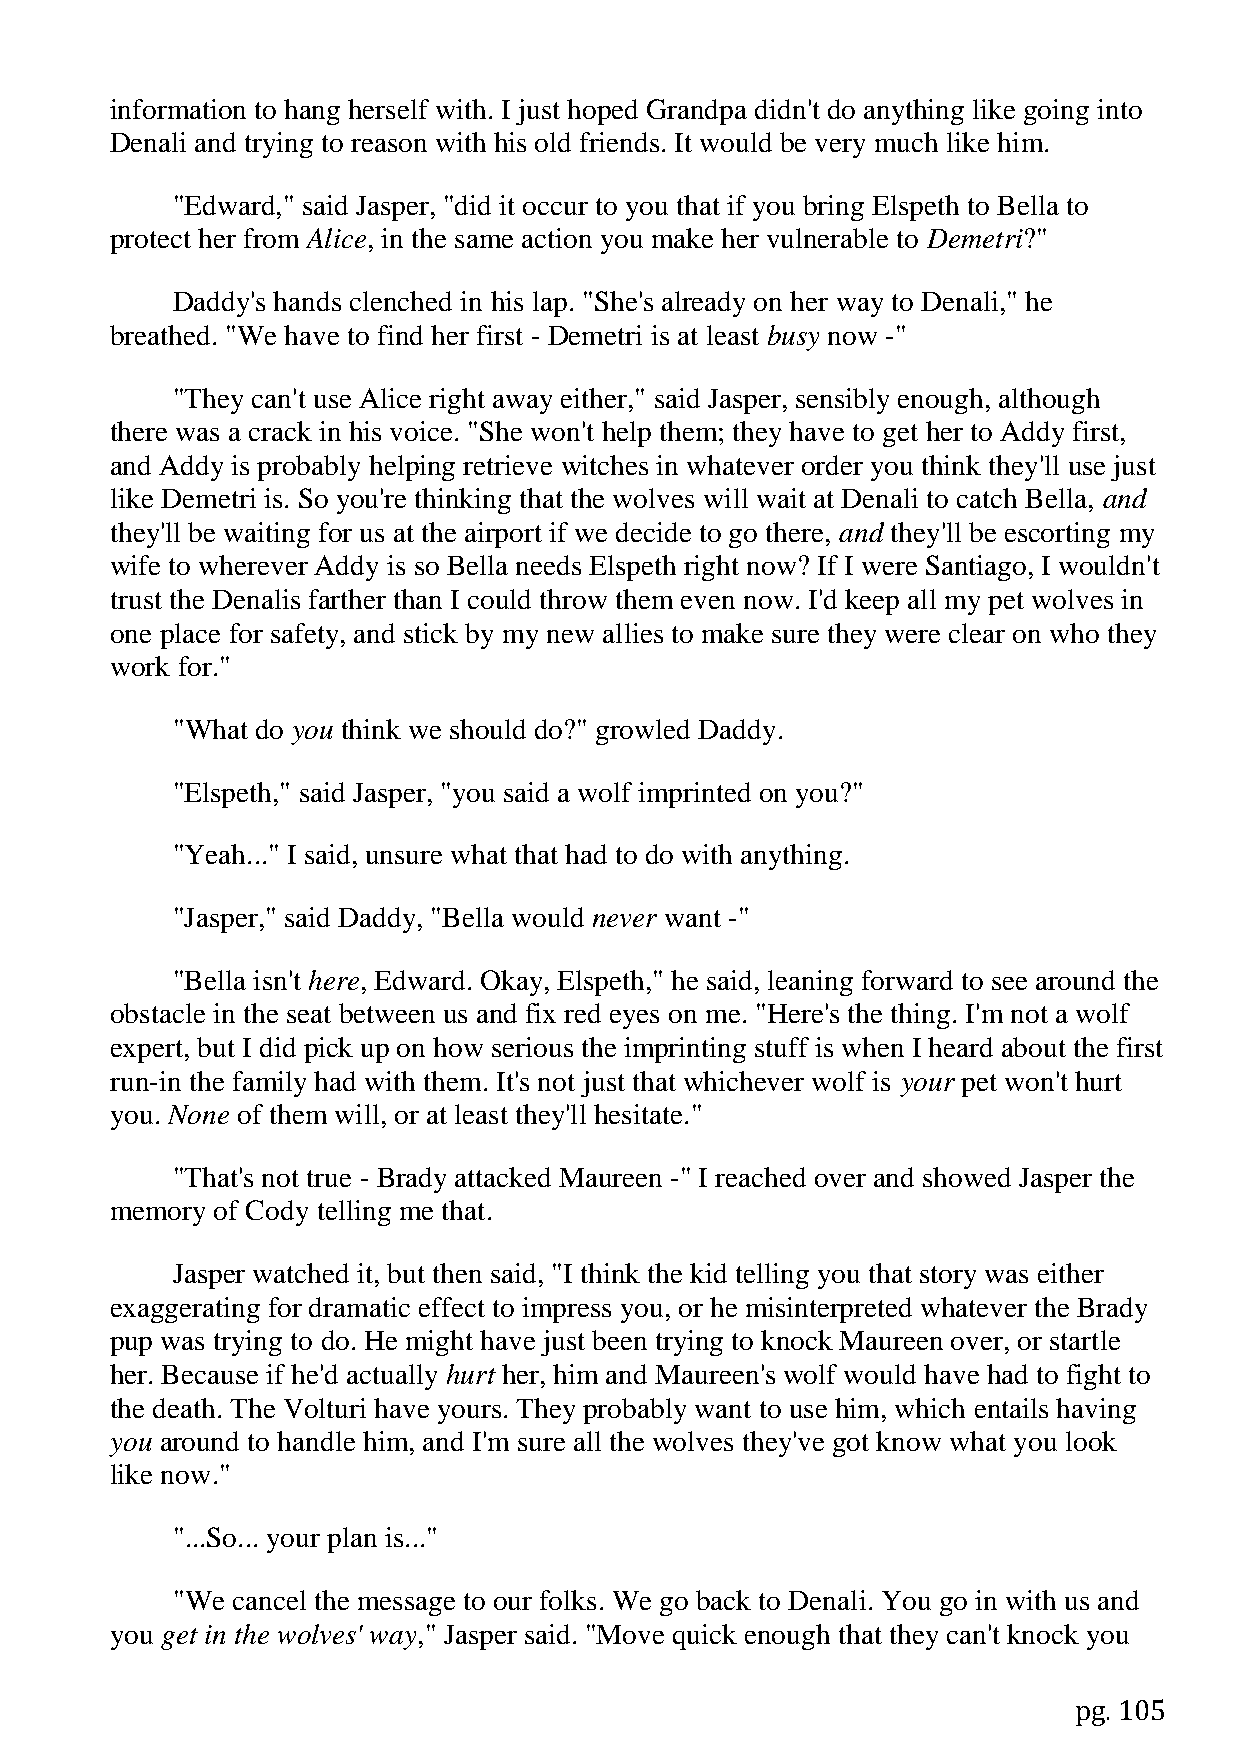
information to hang herself with. I just hoped Grandpa didn't do anything like going into
 Denali and trying to reason with his old friends. It would be very much like him.
 "Edward," said Jasper, "did it occur to you that if you bring Elspeth to Bella to
 protect her from Alice, in the same action you make her vulnerable to Demetri?"
 Daddy's hands clenched in his lap. "She's already on her way to Denali," he
 breathed. "We have to find her first - Demetri is at least busy now -"
 "They can't use Alice right away either," said Jasper, sensibly enough, although
 there was a crack in his voice. "She won't help them; they have to get her to Addy first,
 and Addy is probably helping retrieve witches in whatever order you think they'll use just
 like Demetri is. So you're thinking that the wolves will wait at Denali to catch Bella, and
 they'll be waiting for us at the airport if we decide to go there, and they'll be escorting my
 wife to wherever Addy is so Bella needs Elspeth right now? If I were Santiago, I wouldn't
 trust the Denalis farther than I could throw them even now. I'd keep all my pet wolves in
 one place for safety, and stick by my new allies to make sure they were clear on who they
 work for."
 "What do you think we should do?" growled Daddy.
 "Elspeth," said Jasper, "you said a wolf imprinted on you?"
 "Yeah..." I said, unsure what that had to do with anything.
 "Jasper," said Daddy, "Bella would never want -"
 "Bella isn't here, Edward. Okay, Elspeth," he said, leaning forward to see around the
 obstacle in the seat between us and fix red eyes on me. "Here's the thing. I'm not a wolf
 expert, but I did pick up on how serious the imprinting stuff is when I heard about the first
 run-in the family had with them. It's not just that whichever wolf is your pet won't hurt
 you. None of them will, or at least they'll hesitate."
 "That's not true - Brady attacked Maureen -" I reached over and showed Jasper the
 memory of Cody telling me that.
 Jasper watched it, but then said, "I think the kid telling you that story was either
 exaggerating for dramatic effect to impress you, or he misinterpreted whatever the Brady
 pup was trying to do. He might have just been trying to knock Maureen over, or startle
 her. Because if he'd actually hurt her, him and Maureen's wolf would have had to fight to
 the death. The Volturi have yours. They probably want to use him, which entails having
 you around to handle him, and I'm sure all the wolves they've got know what you look
 like now."
 "...So... your plan is..."
 "We cancel the message to our folks. We go back to Denali. You go in with us and
 you get in the wolves' way," Jasper said. "Move quick enough that they can't knock you
 pg. 105